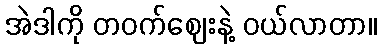
အဲဒါကို တဝက်ဈေးနဲ့ ဝယ်လာတာ။